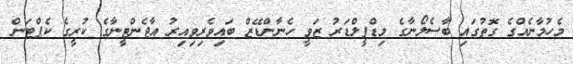
މެހުމާނެއްގެ ގޮތުގައި ބާސެލޯނާގެ މިޑްފީލްޑަރު ޒަވީ ހެނާންޑޭޒް ބައިވެރިވިއިރު އާޖެންޓީނާގެ ކުރީގެ ކެޕްޓަން